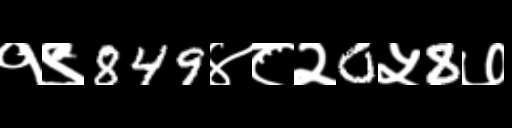
Text: १९849४८२0५8७